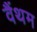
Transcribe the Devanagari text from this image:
वैंथम